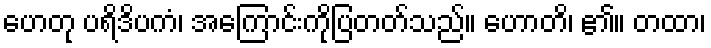
ဟေတု ပရိဒိပကံ၊ အကြောင်းကိုပြတတ်သည်။ ဟောတိ၊ ၏။ တထာ၊